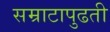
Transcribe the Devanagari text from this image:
सम्राटापुढती